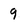
Character: 9